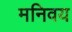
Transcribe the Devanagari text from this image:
मनिवय